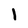
Character: 1